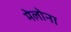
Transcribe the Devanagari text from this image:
मेलोना